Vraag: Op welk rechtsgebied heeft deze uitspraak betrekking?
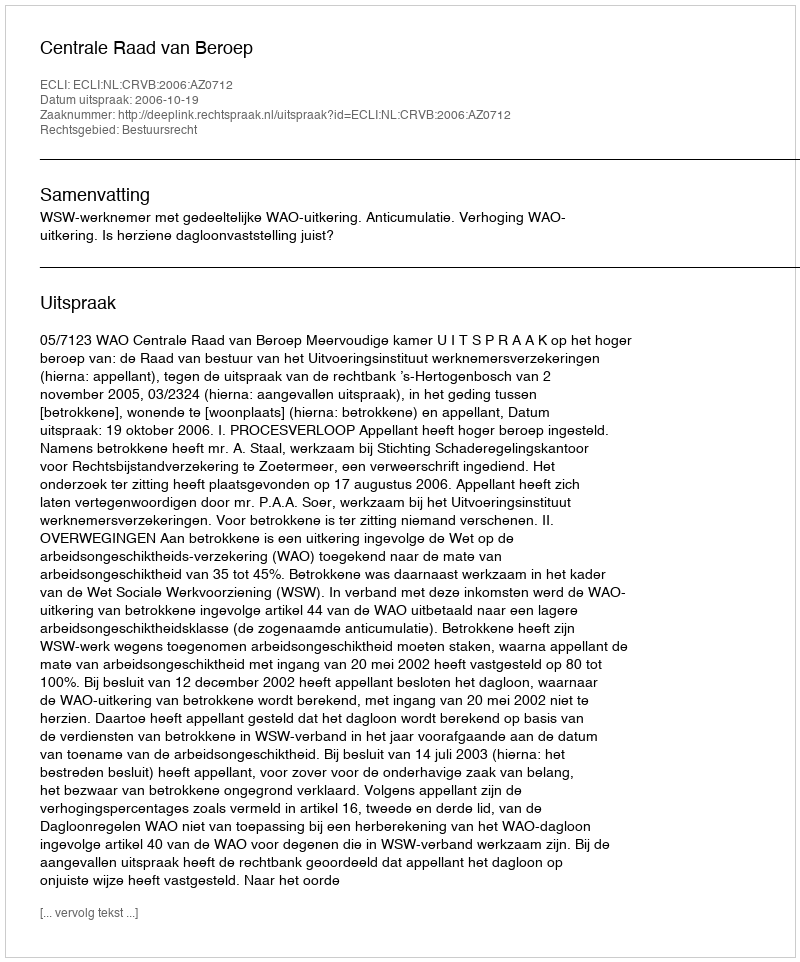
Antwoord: Bestuursrecht